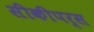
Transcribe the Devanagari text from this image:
सीकीपर्स